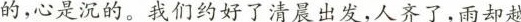
的，心是沉的。我们约好了清晨出发，人齐了，雨却越